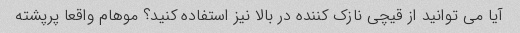
آیا می توانید از قیچی نازک کننده در بالا نیز استفاده کنید؟ موهام واقعا پرپشته